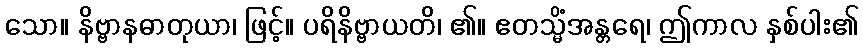
သော။ နိဗ္ဗာနဓာတုယာ၊ ဖြင့်။ ပရိနိဗ္ဗာယတိ၊ ၏။ ဧတသ္မိံအန္တရေ၊ ဤကာလ နှစ်ပါး၏